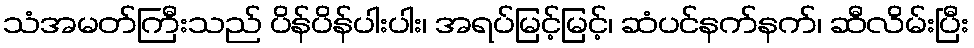
သံအမတ်ကြီးသည် ပိန်ပိန်ပါးပါး၊ အရပ်မြင့်မြင့်၊ ဆံပင်နက်နက်၊ ဆီလိမ်းပြီး